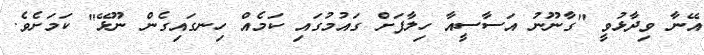
އޭނާ ވިދާޅުވީ "ގާނޫނު އަސާސީއާ ހިލާފަށް ގައުމުގައި ކަމެއް ހިނގައިގެން ނޫޅޭ" ކަމަށެވެ.